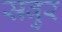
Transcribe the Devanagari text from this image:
सवुर